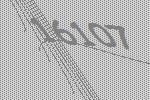
16107